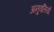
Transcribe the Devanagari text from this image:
अनुवतियों